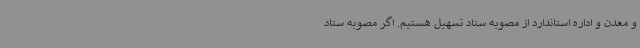
و معدن و اداره استاندارد از مصوبه ستاد تسهیل هستیم. اگر مصوبه ستاد